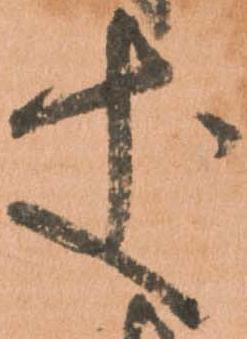
丈